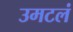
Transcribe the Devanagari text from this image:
उमटलं